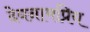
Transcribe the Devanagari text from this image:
देवनामप्रिय